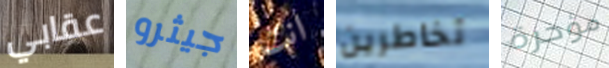
عقابي جيثرو انت تخاطرين مؤخرة